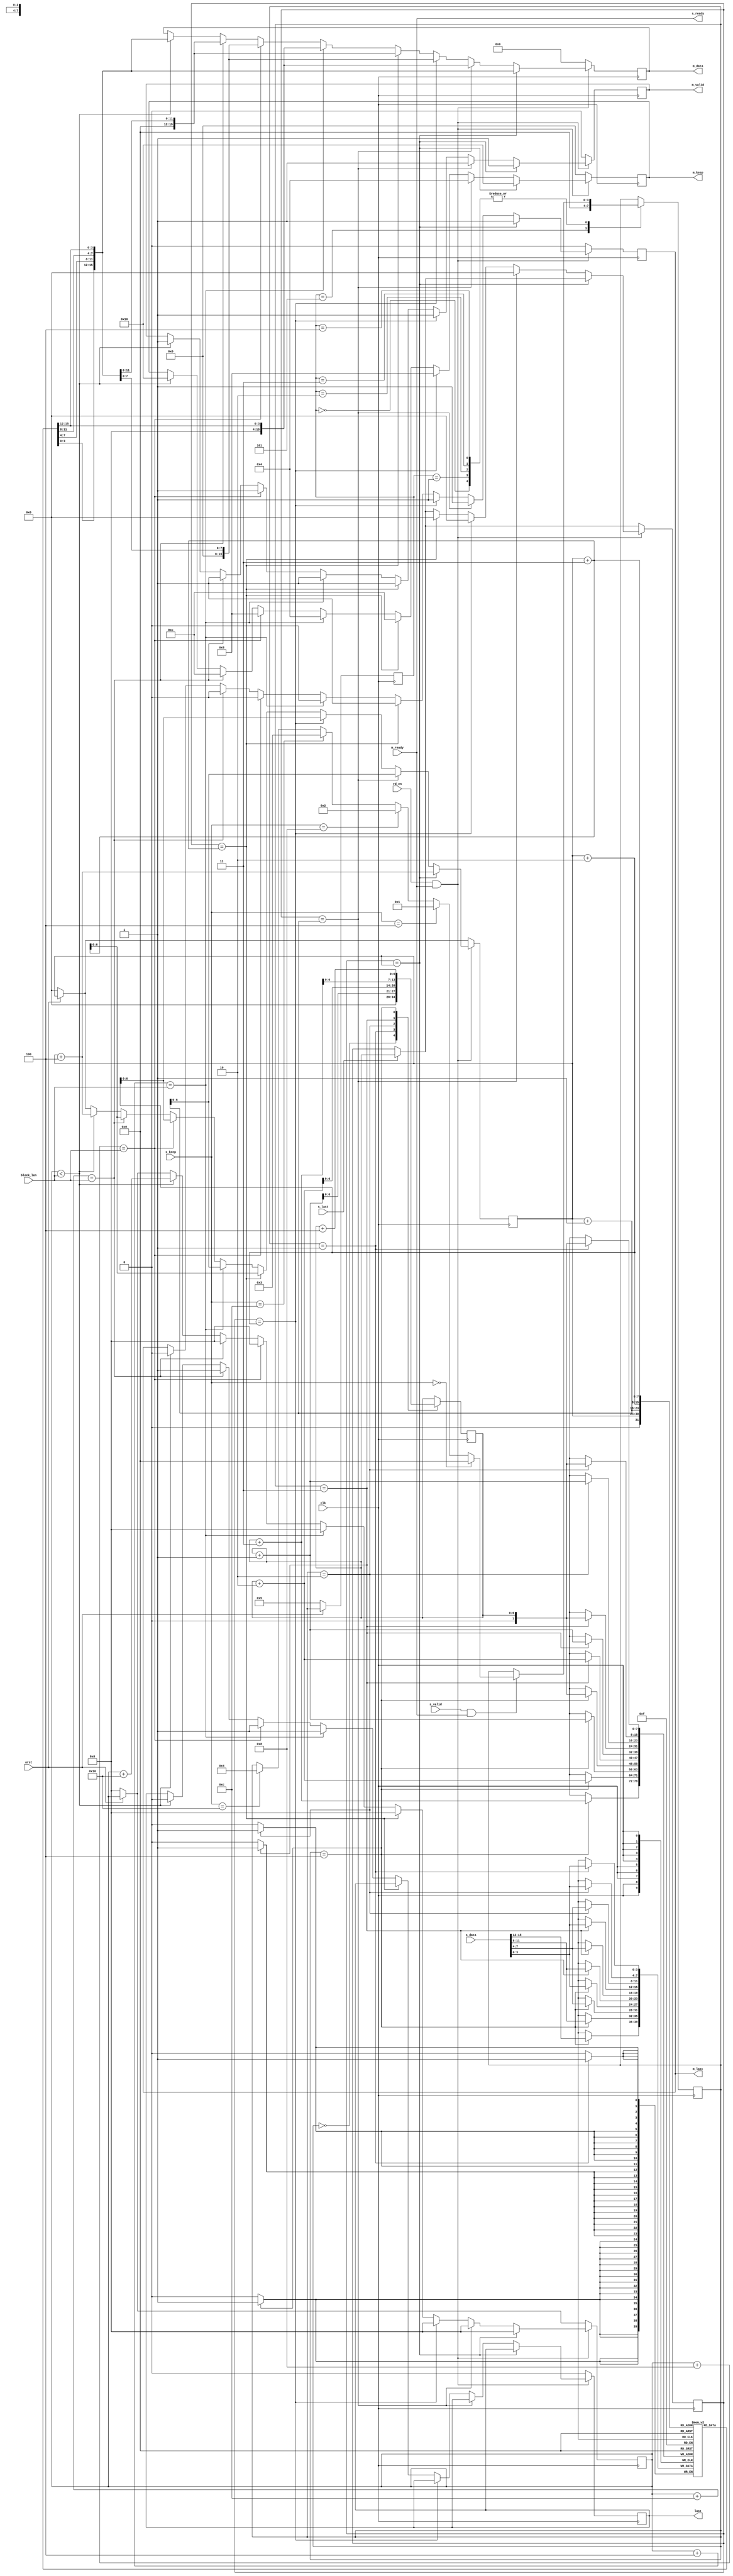
module fsm(
input clk,
input arst,
input [15:0]s_data,
input s_valid,
input s_last,
output s_ready,
input [7:0]s_keep,
output  reg [15:0] m_data,
output reg m_valid,
output reg m_last,
input  m_ready,
output reg [7:0]m_keep,
input rd_en,
input [11:0]block_len,
output reg last
    );
    //localparam c;
    reg [11:0]n=0;reg [6:0]temp,temp1,temp2,tem;
    reg [3:0]fifo[128:0];reg[11:0]count;//reg[2:0]rd_count;
    reg [6:0]wr_ptr,rd_ptr;
    //reg rd_en;
    reg [3:0]state,next_state;
    parameter s0=3'd0,s1=3'd1,s2=3'd2,s3=3'd3,s4=3'd4,idle=3'd5;
    assign s_ready=m_ready;
    always@(posedge clk)
    begin
    if(~arst) begin
   // wr_ptr<=0;
	 //rd_ptr<=0;//count=0;
    state<=idle;end
    else
    state<=next_state;
    end
    always@(posedge clk)
    begin
    case(state)
    idle:begin
           next_state=s0;
        end
    s0:begin
          if(s_valid & s_ready)
          begin
            if(s_keep==7'd0)
            next_state=s0;
            else if(s_keep==7'd4)
            next_state=s1;
            else if(s_keep==7'd8)
            next_state=s2;
            else if(s_keep==7'd12)
            next_state=s3;
            else if(s_keep==7'd16)
            next_state=s4;
          end
        end
     s1:begin
           if(s_valid & s_ready)
              begin
                if(s_keep==7'd0)
                next_state=s0;
                else if(s_keep==7'd4)
                next_state=s1;
                else if(s_keep==7'd8)
                next_state=s2;
                else if(s_keep==7'd12)
                next_state=s3;
                else if(s_keep==7'd16)
                next_state=s4;
              end
        end
     s2:begin
          if(s_valid & s_ready)
             begin
               if(s_keep==7'd0)
                 next_state=s0;
                 else if(s_keep==7'd4)
                  next_state=s1;
                  else if(s_keep==7'd8)
                  next_state=s2;
                  else if(s_keep==7'd12)
                   next_state=s3;
                   else if(s_keep==7'd16)
                  next_state=s4;
               end
         end
   s3:begin
     if(s_valid & s_ready)
          begin
            if(s_keep==7'd0)
            next_state=s0;
            else if(s_keep==7'd4)
            next_state=s1;
            else if(s_keep==7'd8)
            next_state=s2;
            else if(s_keep==7'd12)
            next_state=s3;
            else if(s_keep==7'd16)
            next_state=s4;
          end 
          end      
    s4:begin
    if(s_valid & s_ready)
              begin
                if(s_keep==7'd0)
                next_state=s0;
                else if(s_keep==7'd4)
                next_state=s1;
                else if(s_keep==7'd8)
                next_state=s2;
                else if(s_keep==7'd12)
                next_state=s3;
                else if(s_keep==7'd16)
                next_state=s4;
              end
       end          
    endcase
    end
    always@(posedge clk)
    begin
    case(next_state)
    s0:begin
        wr_ptr<=0;
       end
    s1:begin
       fifo[wr_ptr]<=s_data[3:0];
       wr_ptr<=wr_ptr+1;   
       end
    s2:begin
       fifo[wr_ptr]<=s_data[3:0];
       fifo[wr_ptr+1]<=s_data[7:4];
       wr_ptr<=wr_ptr+2;
       end
    s3:begin
       fifo[wr_ptr]<=s_data[3:0];
       fifo[wr_ptr+1]<=s_data[7:4];
       fifo[wr_ptr+2]<=s_data[12:8];
       wr_ptr<=wr_ptr+3;
       end
    s4:begin
          fifo[wr_ptr]<=s_data[3:0];
           fifo[wr_ptr+1]<=s_data[7:4];
           fifo[wr_ptr+2]<=s_data[11:8];
           fifo[wr_ptr+3]<=s_data[15:12];
           wr_ptr<=wr_ptr+4;
       end
    
    endcase
    end
     
        always@(posedge clk)
          begin
			 if(s_last==1)
               begin
                 temp<=wr_ptr;
                 
               end
               if(~arst) begin
               rd_ptr<=0;count<=0;
               end
            if(rd_en & m_ready)
              begin
                 if(temp==rd_ptr ) 
                    begin
                       
                       m_data<={{fifo[rd_ptr+3]},{fifo[rd_ptr+2]},{fifo[rd_ptr+1]},{fifo[rd_ptr]}};
                       rd_ptr<=rd_ptr+4;
                       m_keep<=7'd16;
                       m_valid<=1;
                       m_last<=1;//temp=0;
                       count<=0;
                    end
               else if(temp==rd_ptr+1)
                    begin
                        m_data<={{4'b0},{4'b0},{4'b0},{fifo[rd_ptr]}};
                        rd_ptr<=rd_ptr+1;
                        m_keep<=7'd4;
                        m_valid<=1;m_last=1;
                         temp<=0;  
                        count<=0;     // rd_ptr=temp;
                    end
              else if(temp==rd_ptr+2)
                   begin
                       m_data<={{4'b0},{4'b0},{fifo[rd_ptr+1]},{fifo[rd_ptr]}};
                       rd_ptr<=rd_ptr+2;
                       m_keep<=7'd8;
                       m_valid<=1;
                       m_last=1;//rd_ptr<=temp;
                       temp<=0; 
                       count<=0; 
                  end
             else if(temp==rd_ptr+3)
                   begin          
                      m_data<={{4'b0},{fifo[rd_ptr+2]},{fifo[rd_ptr+1]},{fifo[rd_ptr]}};
                      rd_ptr<=rd_ptr+3;
                      m_keep<=7'd12;
                      m_valid<=1;
                      m_last<=1;//rd_ptr<=temp;
                       temp<=0; 
                      count<=0; 
                   end 
           
         
            else
                   begin 
                       if(count+4==block_len)
                       begin
                          m_data<={{4'b0},{4'b0},{4'b0},{fifo[rd_ptr]}};
                          rd_ptr<=rd_ptr+1;
                          m_keep<=7'd4;
                          m_valid<=1;
                          count<=0;
                         last<=1; 
                           m_last<=0; 
                       end
                       else if(count+8==block_len)
                                              begin
                                                 m_data<={{4'b0},{4'b0},{fifo[rd_ptr+1]},{fifo[rd_ptr]}};
                                                 rd_ptr<=rd_ptr+2;
                                                 m_keep<=7'd8;
                                                 m_valid<=1;
                                                 count<=0;
                                                last<=1; 
                                                  m_last<=0; 
                                              end
                        else if(count+12==block_len)
                            begin
                                                                       m_data<={{4'b0},{fifo[rd_ptr+2]},{fifo[rd_ptr+1]},{fifo[rd_ptr]}};
                                                                       rd_ptr<=rd_ptr+3;
                                                                       m_keep<=7'd12;
                                                                       m_valid<=1;
                                                                       count<=0;
                                                                      last<=1; 
                                                                      m_last<=0; 
                                                                      
                                                                    end
                       else if(count<block_len)
                                              begin
                                              m_data<={{fifo[rd_ptr+3],{fifo[rd_ptr+2]},{fifo[rd_ptr+1]},{fifo[rd_ptr]}}};
                                              rd_ptr<=rd_ptr+4;
                                              m_keep<=7'd16;
                                              m_valid<=1;
                                              last<=0;
                                              count<=count+16;
                                                m_last<=0; 
                                              end
                      
//                       if(count<block_len)
//                       last=0;
//                       else
//                       begin
                      // count=0;
//                       last=1;
//                       end
//                       if(count
//                   end
//                   begin
                       
                   end
        end
        else
                begin
                m_data<=0;
                m_valid<=0;
                m_last<=0;
                m_keep<=0;
                last<=0;
                end
        end
       
endmodule